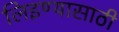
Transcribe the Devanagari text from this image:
लिइण्यासाठी